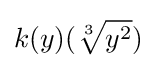
k(y)({\sqrt[{3}]{y^{2}}})